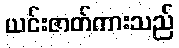
ယင်းဇာတ်ကားသည်